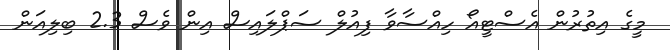
މީގެ އިތުރުން އެސްޓީއޯ ހިއްސާވާ ފިއުލް ސަޕްލައިސް އިން ވެސް 2.3 ބިލިއަން